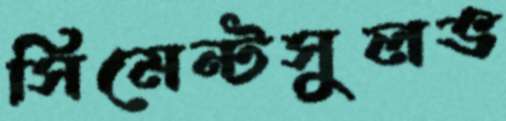
সিমেন্টসুলভ